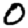
Digit: 0